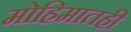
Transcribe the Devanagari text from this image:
मोहिमातही